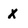
Character: X